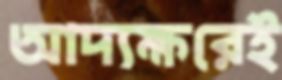
আদ্যক্ষরেই